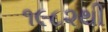
૧૯૮૨થી